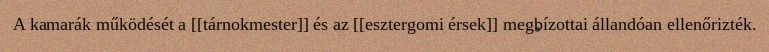
A kamarák működését a [[tárnokmester]] és az [[esztergomi érsek]] megbízottai állandóan ellenőrizték.